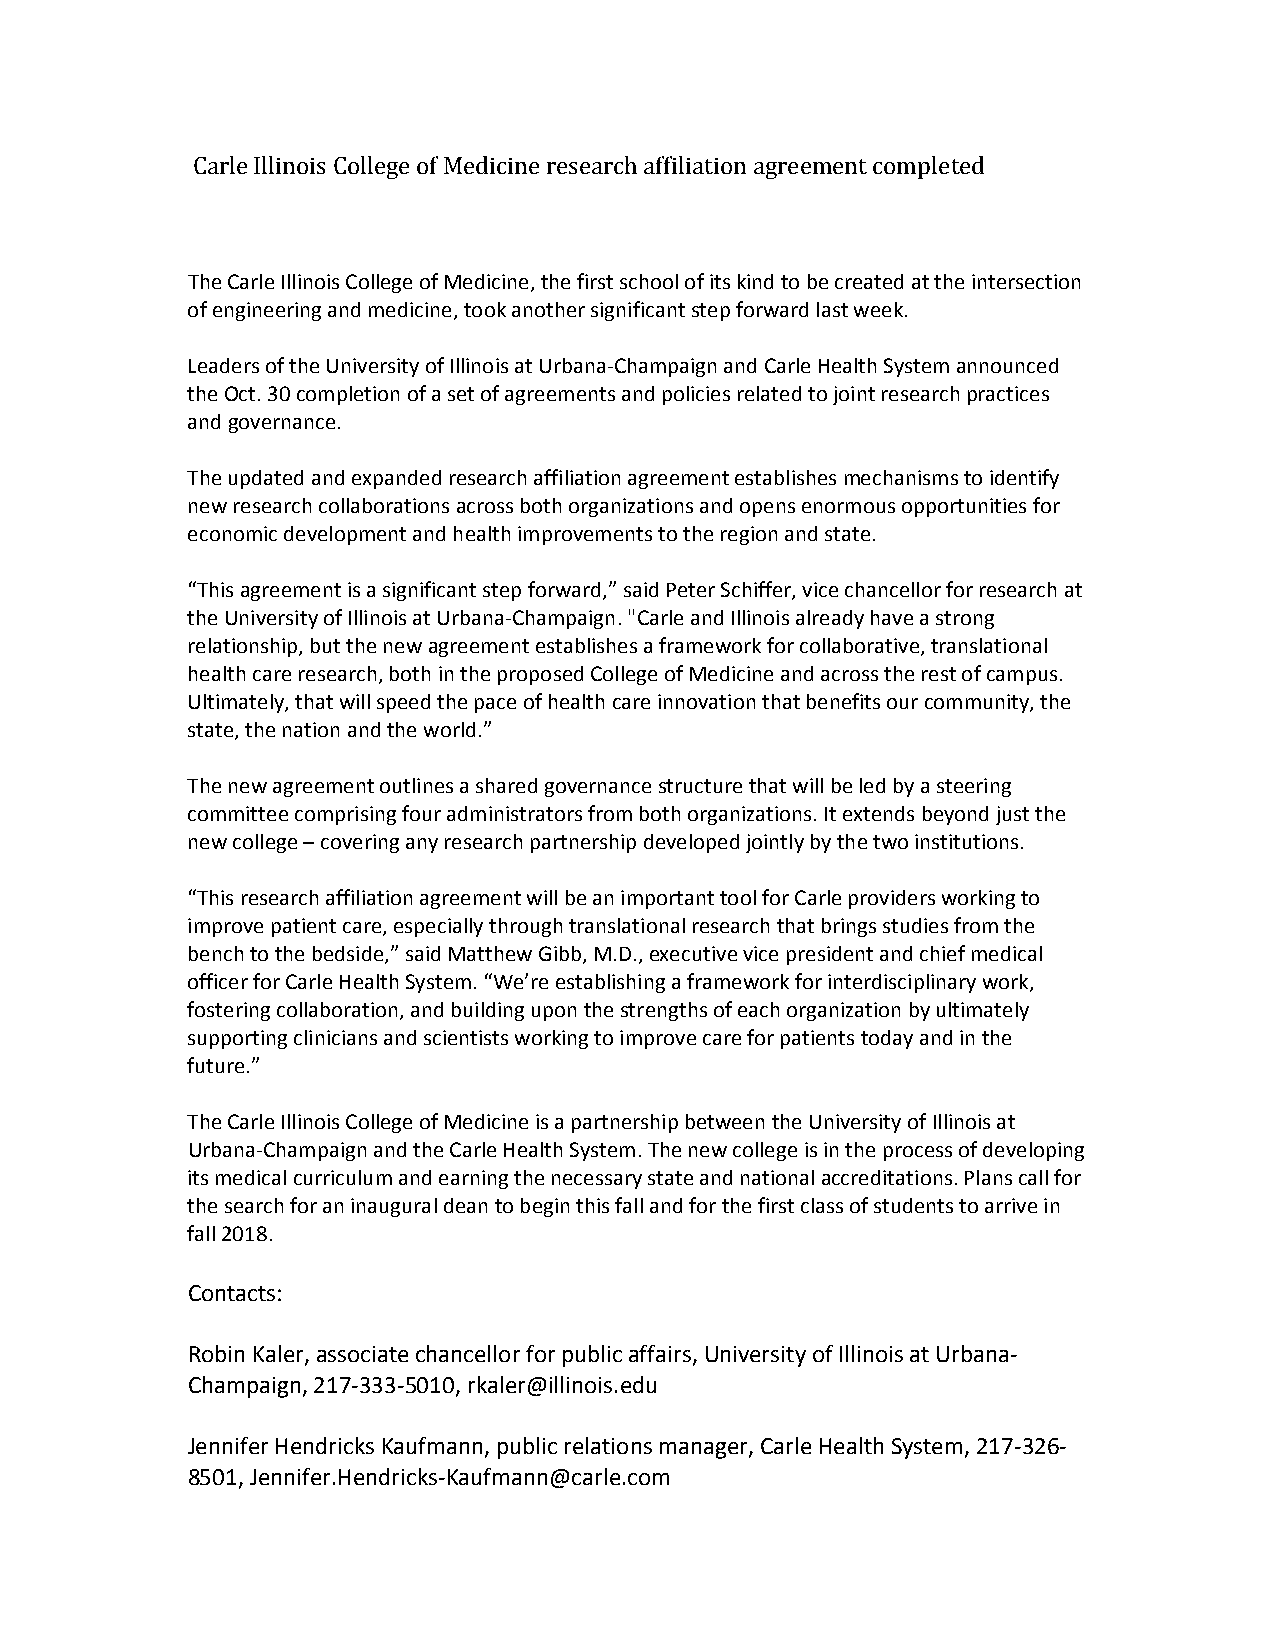
Carle Illinois College of Medicine research affiliation agreement completed
 The Carle Illinois College of Medicine, the first school of its kind to be created at the intersection
 of engineering and medicine, took another significant step forward last week.
 Leaders of the University of Illinois at Urbana‐Champaign and Carle Health System announced
 the Oct. 30 completion of a set of agreements and policies related to joint research practices
 and governance.
 The updated and expanded research affiliation agreement establishes mechanisms to identify
 new research collaborations across both organizations and opens enormous opportunities for
 economic development and health improvements to the region and state.
 “This agreement is a significant step forward,” said Peter Schiffer, vice chancellor for research at
 the University of Illinois at Urbana‐Champaign. "Carle and Illinois already have a strong
 relationship, but the new agreement establishes a framework for collaborative, translational
 health care research, both in the proposed College of Medicine and across the rest of campus.
 Ultimately, that will speed the pace of health care innovation that benefits our community, the
 state, the nation and the world.”
 The new agreement outlines a shared governance structure that will be led by a steering
 committee comprising four administrators from both organizations. It extends beyond just the
 new college – covering any research partnership developed jointly by the two institutions.
 “This research affiliation agreement will be an important tool for Carle providers working to
 improve patient care, especially through translational research that brings studies from the
 bench to the bedside,” said Matthew Gibb, M.D., executive vice president and chief medical
 officer for Carle Health System. “We’re establishing a framework for interdisciplinary work,
 fostering collaboration, and building upon the strengths of each organization by ultimately
 supporting clinicians and scientists working to improve care for patients today and in the
 future.”
 The Carle Illinois College of Medicine is a partnership between the University of Illinois at
 Urbana‐Champaign and the Carle Health System. The new college is in the process of developing
 its medical curriculum and earning the necessary state and national accreditations. Plans call for
 the search for an inaugural dean to begin this fall and for the first class of students to arrive in
 fall 2018.
 Contacts:
 Robin Kaler, associate chancellor for public affairs, University of Illinois at Urbana‐
 Champaign, 217‐333‐5010, rkaler@illinois.edu
 Jennifer Hendricks Kaufmann, public relations manager, Carle Health System, 217‐326‐
 8501, Jennifer.Hendricks‐Kaufmann@carle.com